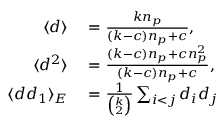
\begin{array} { r l } { \langle d \rangle } & { { } = \frac { k n _ { p } } { ( k - c ) n _ { p } + c } , } \\ { \langle d ^ { 2 } \rangle } & { { } = \frac { ( k - c ) n _ { p } + c n _ { p } ^ { 2 } } { ( k - c ) n _ { p } + c } , } \\ { \langle d d _ { 1 } \rangle _ { E } } & { { } = \frac { 1 } { \binom { k } { 2 } } \sum _ { i < j } d _ { i } d _ { j } } \end{array}